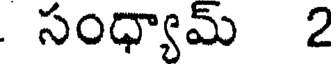
సంధ్యామ్ 2